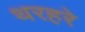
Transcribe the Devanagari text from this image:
थरहरे